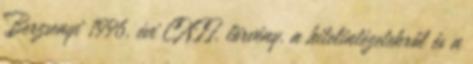
Berzsenyi 1996. évi CXII. törvény. a hitelintézetekről és a